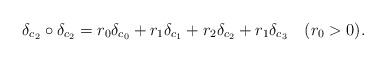
LaTeX: \begin{align*}\delta_{c_2} \circ \delta_{c_2} = r_0 \delta_{c_0} + r_1 \delta_{c_1} + r_2 \delta_{c_2} + r_1 \delta_{c_3}~~~(r_0 > 0). \end{align*}